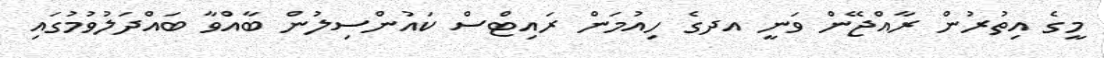
މީގެ އިތުރުން ރާއްޖޭން ވަނީ އދގެ ހިއުމަން ރައިޓްސް ކައުންސިލުން ބާއްވާ ބައްދަލުވުމުގައި